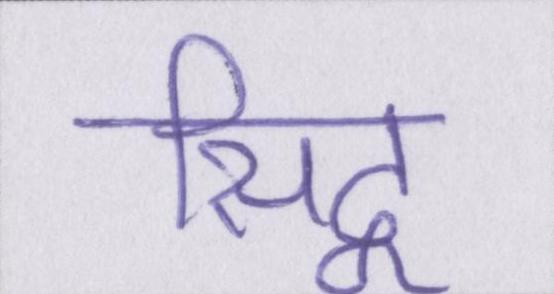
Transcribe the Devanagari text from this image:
सिद्व